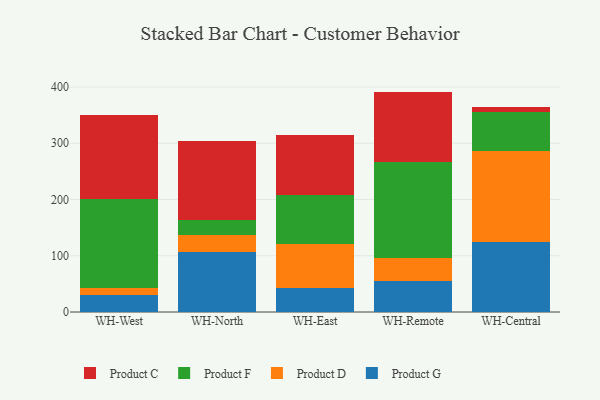
{"axis": {"x": "Warehouse", "y": "Humidity (%)"}, "legend": ["Product C", "Product D", "Product F", "Product G"], "data": [{"x": "WH-West", "y": 30.0, "type": "Product G"}, {"x": "WH-West", "y": 11.8, "type": "Product D"}, {"x": "WH-West", "y": 158.4, "type": "Product F"}, {"x": "WH-West", "y": 149.4, "type": "Product C"}, {"x": "WH-North", "y": 107.1, "type": "Product G"}, {"x": "WH-North", "y": 29.1, "type": "Product D"}, {"x": "WH-North", "y": 27.5, "type": "Product F"}, {"x": "WH-North", "y": 140.1, "type": "Product C"}, {"x": "WH-East", "y": 42.0, "type": "Product G"}, {"x": "WH-East", "y": 79.8, "type": "Product D"}, {"x": "WH-East", "y": 87.1, "type": "Product F"}, {"x": "WH-East", "y": 105.9, "type": "Product C"}, {"x": "WH-Remote", "y": 55.9, "type": "Product G"}, {"x": "WH-Remote", "y": 40.7, "type": "Product D"}, {"x": "WH-Remote", "y": 170.6, "type": "Product F"}, {"x": "WH-Remote", "y": 124.7, "type": "Product C"}, {"x": "WH-Central", "y": 125.1, "type": "Product G"}, {"x": "WH-Central", "y": 161.0, "type": "Product D"}, {"x": "WH-Central", "y": 68.9, "type": "Product F"}, {"x": "WH-Central", "y": 9.2, "type": "Product C"}]}